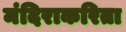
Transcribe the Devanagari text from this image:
मंदिराकरिता